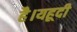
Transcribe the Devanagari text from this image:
है।यहूदी